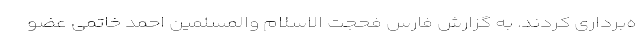
ه‌برداری کردند. به گزارش فارس فحجت الاسلام والمسلمین احمد خاتمی عضو